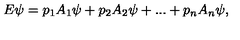
E \psi = p _ { 1 } A _ { 1 } \psi + p _ { 2 } A _ { 2 } \psi + . . . + p _ { n } A _ { n } \psi ,